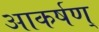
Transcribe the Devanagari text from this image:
आकर्षण्